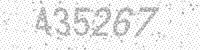
Solution: 435267